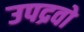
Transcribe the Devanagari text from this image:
उपद्रवो